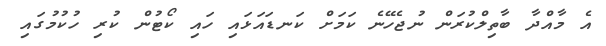
އެ މާއްދާ ބާތިލްކުރަން ނުޖެހޭނެ ކަމަށް ކަނޑައަޅައި ހައި ކޯޓުން ކުރި ހުކުމުގައި